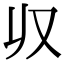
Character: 𠬞